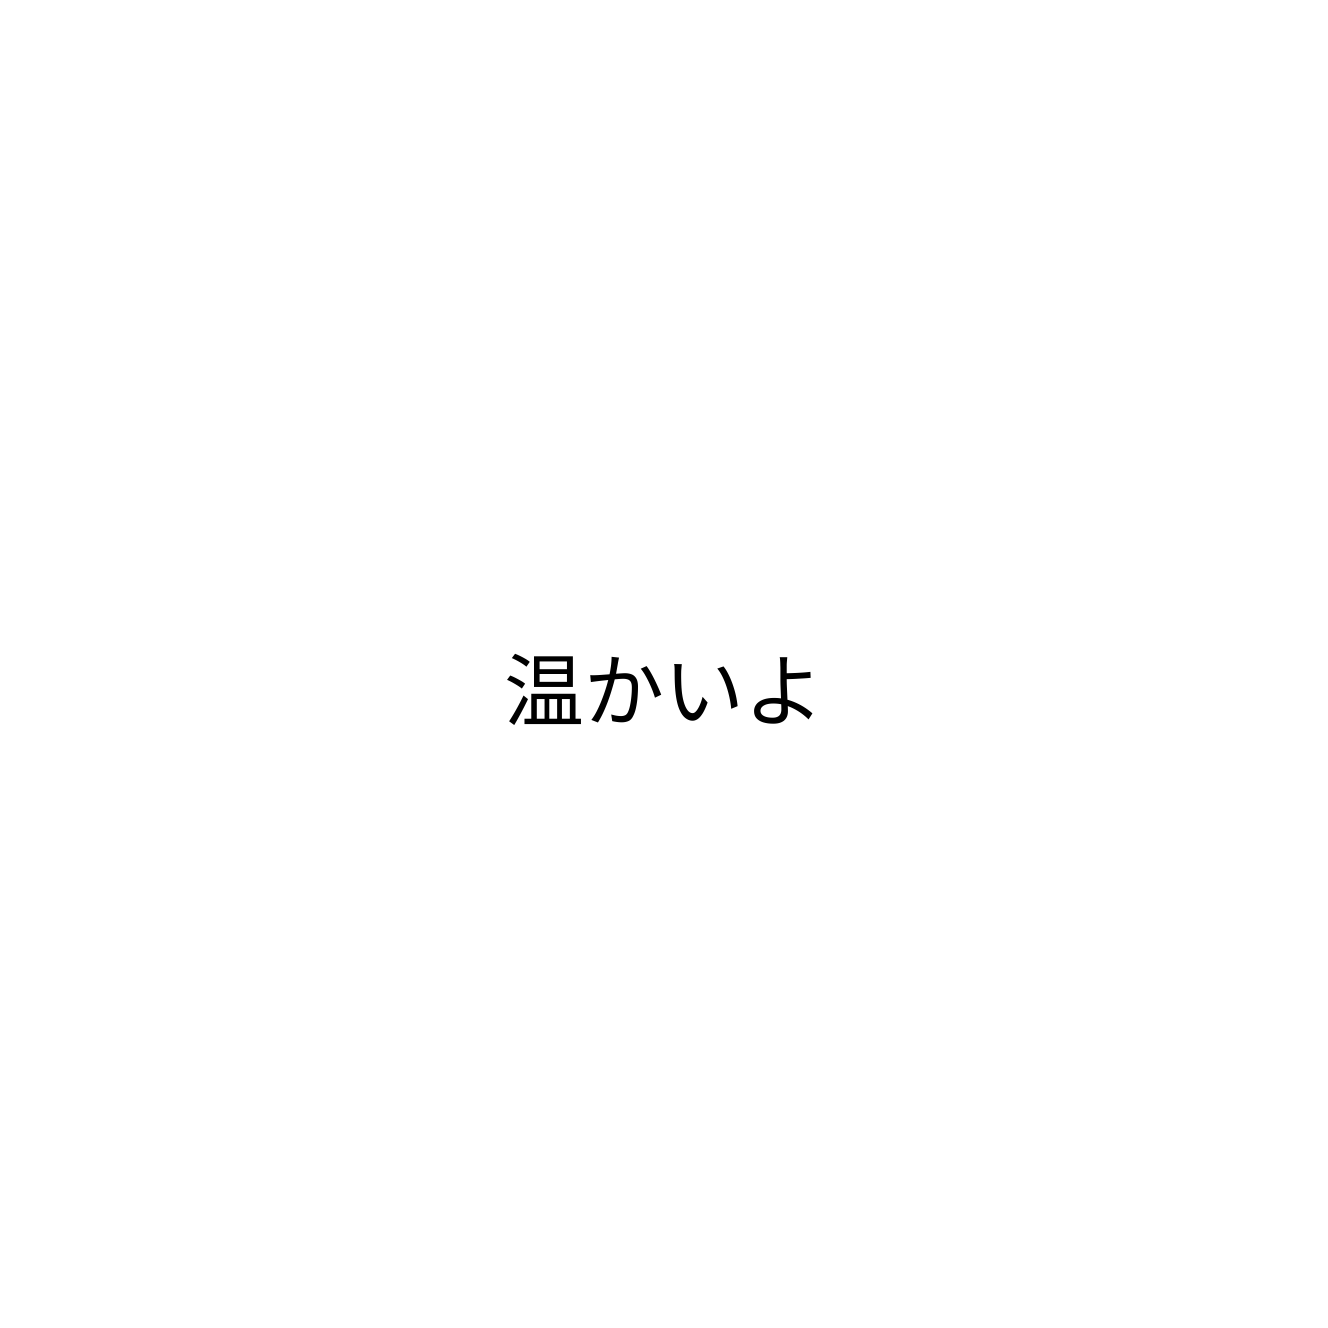
温かいよ